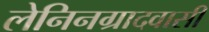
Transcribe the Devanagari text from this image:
लेनिनग्रादवासी